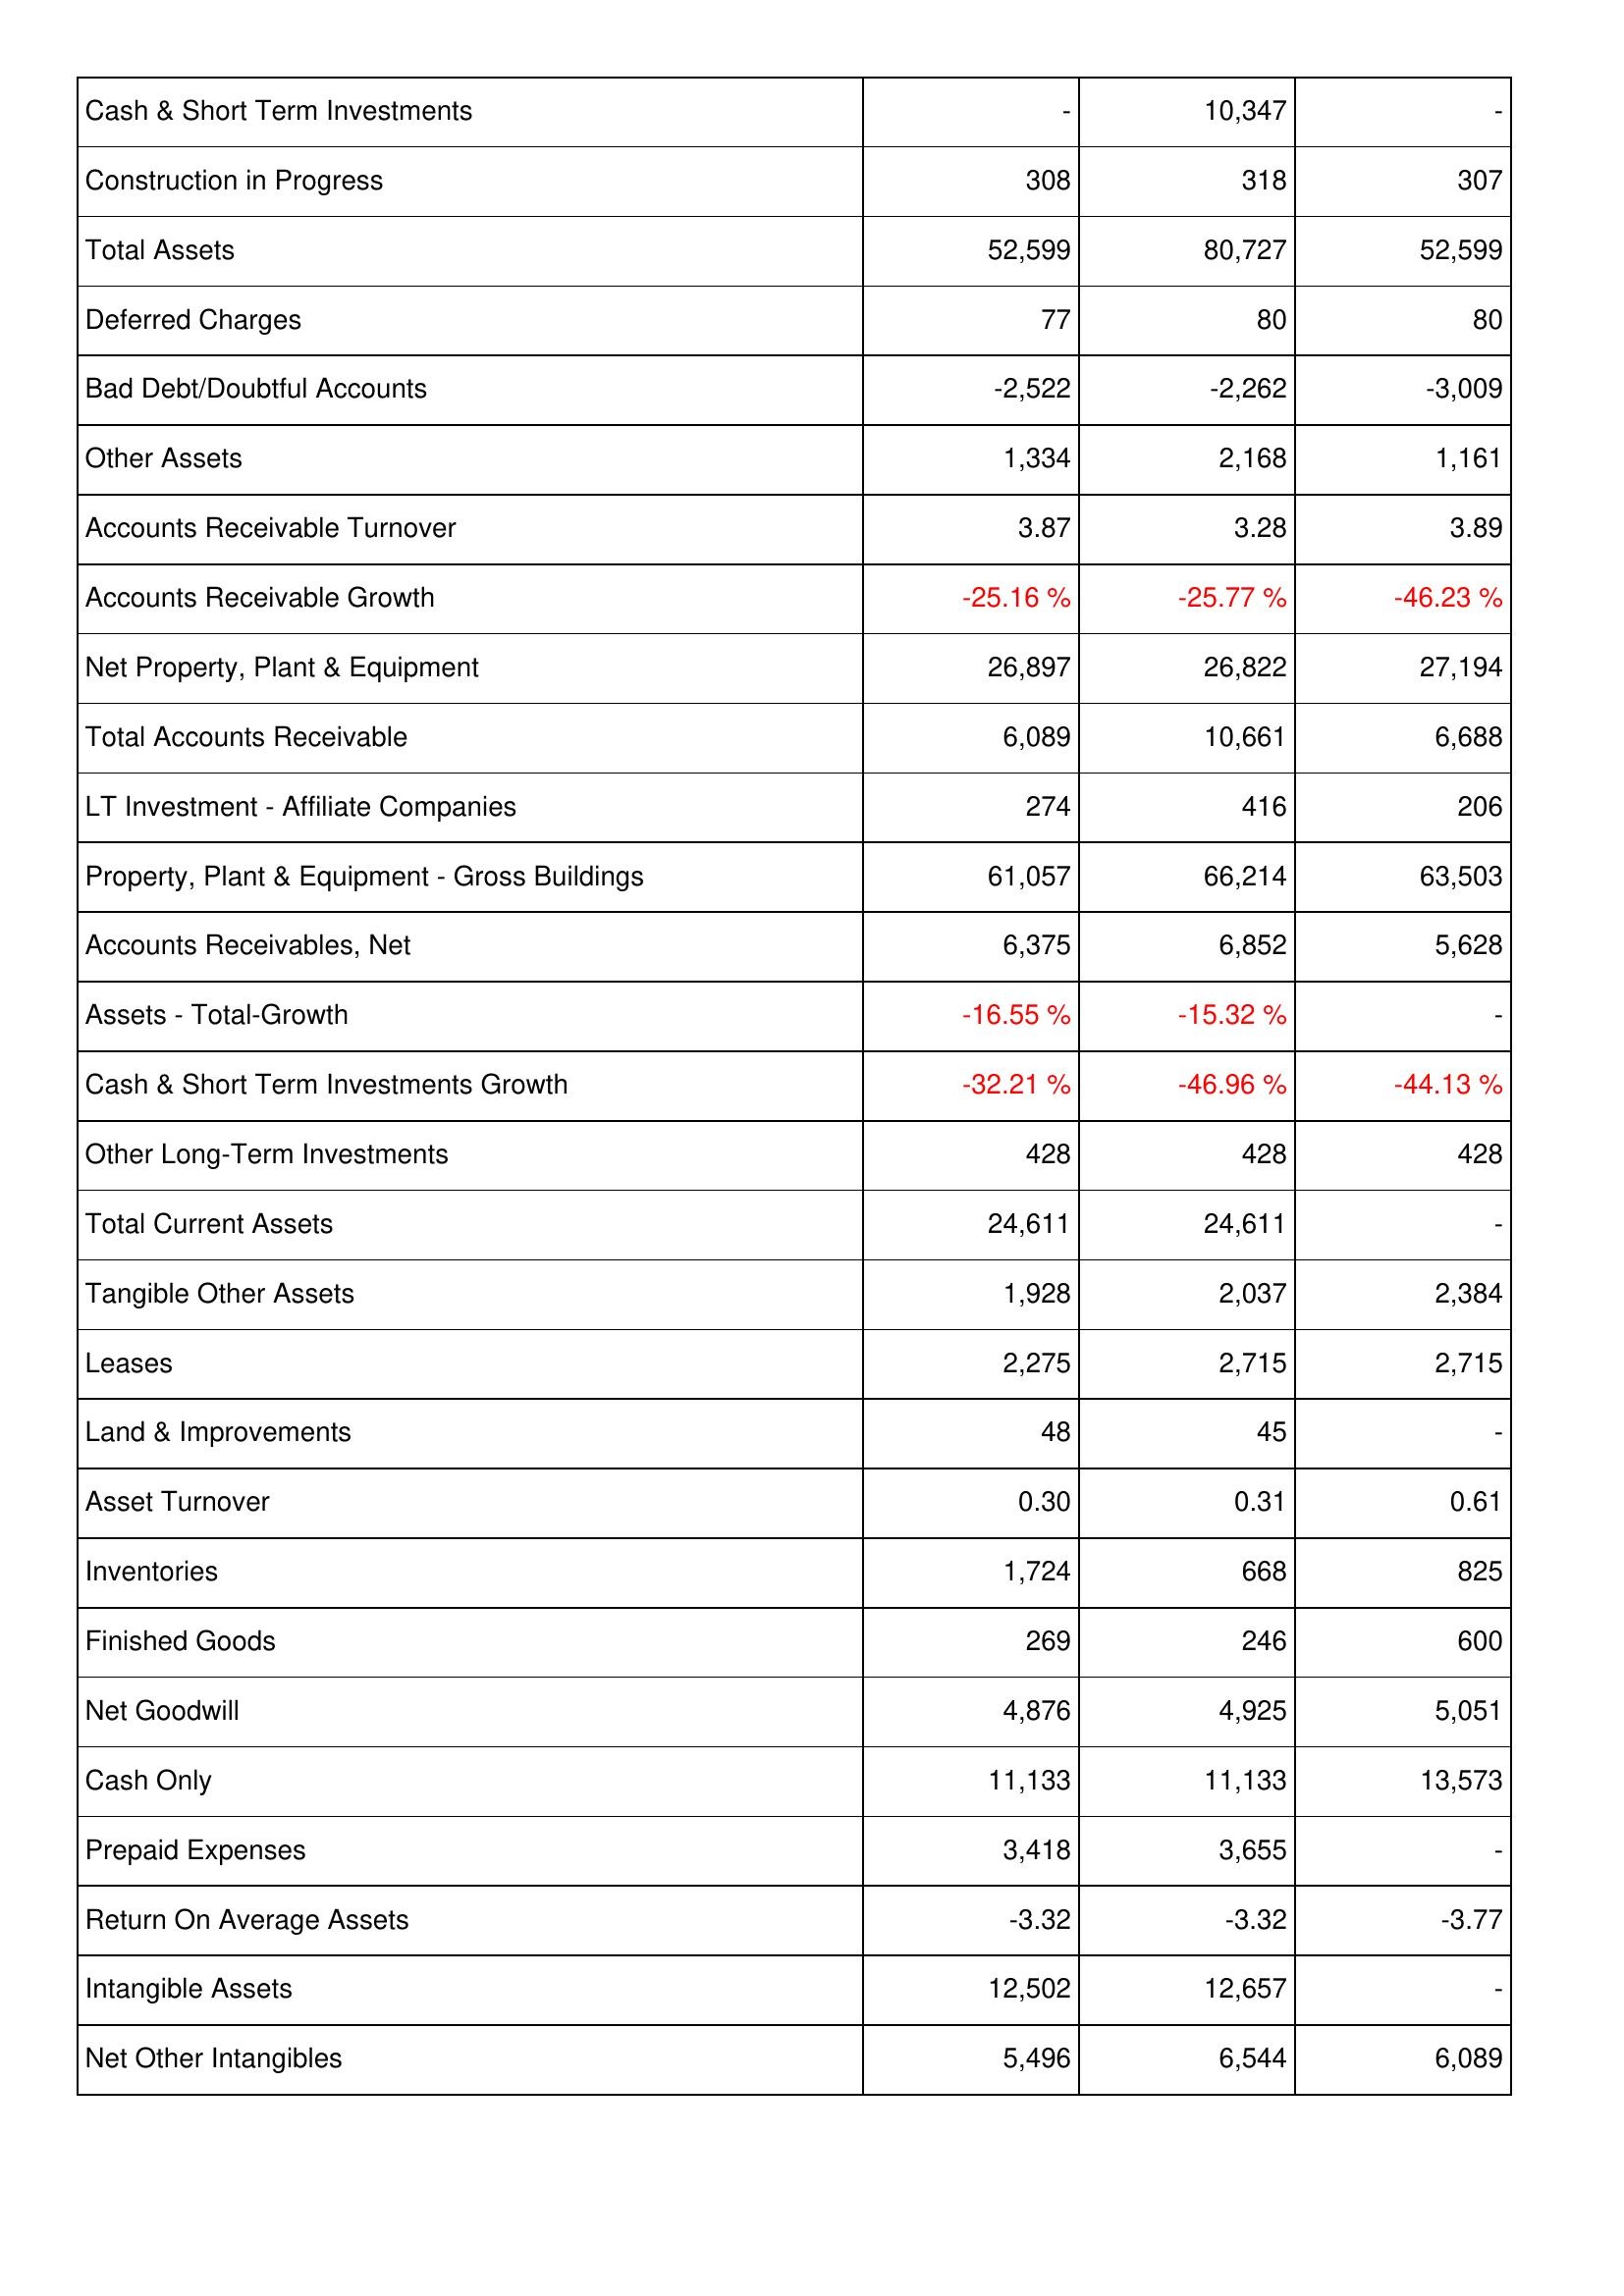
2005: Assets: Cash & Short Term Investments: -
Construction in Progress: 308
Total Assets: 52,599
Deferred Charges: 77
Bad Debt/Doubtful Accounts: -2,522
Other Assets: 1,334
Accounts Receivable Turnover: 3.87
Accounts Receivable Growth: -25.16 %
Net Property, Plant & Equipment: 26,897
Total Accounts Receivable: 6,089
LT Investment - Affiliate Companies: 274
Property, Plant & Equipment - Gross Buildings: 61,057
Accounts Receivables, Net: 6,375
Assets - Total-Growth: -16.55 %
Cash & Short Term Investments Growth: -32.21 %
Other Long-Term Investments: 428
Total Current Assets: 24,611
Tangible Other Assets: 1,928
Leases: 2,275
Land & Improvements: 48
Asset Turnover: 0.30
Inventories: 1,724
Finished Goods: 269
Net Goodwill: 4,876
Cash Only: 11,133
Prepaid Expenses: 3,418
Return On Average Assets: -3.32
Intangible Assets: 12,502
Net Other Intangibles: 5,496
2006: Assets: Cash & Short Term Investments: 10,347
Construction in Progress: 318
Total Assets: 80,727
Deferred Charges: 80
Bad Debt/Doubtful Accounts: -2,262
Other Assets: 2,168
Accounts Receivable Turnover: 3.28
Accounts Receivable Growth: -25.77 %
Net Property, Plant & Equipment: 26,822
Total Accounts Receivable: 10,661
LT Investment - Affiliate Companies: 416
Property, Plant & Equipment - Gross Buildings: 66,214
Accounts Receivables, Net: 6,852
Assets - Total-Growth: -15.32 %
Cash & Short Term Investments Growth: -46.96 %
Other Long-Term Investments: 428
Total Current Assets: 24,611
Tangible Other Assets: 2,037
Leases: 2,715
Land & Improvements: 45
Asset Turnover: 0.31
Inventories: 668
Finished Goods: 246
Net Goodwill: 4,925
Cash Only: 11,133
Prepaid Expenses: 3,655
Return On Average Assets: -3.32
Intangible Assets: 12,657
Net Other Intangibles: 6,544
2007: Assets: Cash & Short Term Investments: -
Construction in Progress: 307
Total Assets: 52,599
Deferred Charges: 80
Bad Debt/Doubtful Accounts: -3,009
Other Assets: 1,161
Accounts Receivable Turnover: 3.89
Accounts Receivable Growth: -46.23 %
Net Property, Plant & Equipment: 27,194
Total Accounts Receivable: 6,688
LT Investment - Affiliate Companies: 206
Property, Plant & Equipment - Gross Buildings: 63,503
Accounts Receivables, Net: 5,628
Assets - Total-Growth: -
Cash & Short Term Investments Growth: -44.13 %
Other Long-Term Investments: 428
Total Current Assets: -
Tangible Other Assets: 2,384
Leases: 2,715
Land & Improvements: -
Asset Turnover: 0.61
Inventories: 825
Finished Goods: 600
Net Goodwill: 5,051
Cash Only: 13,573
Prepaid Expenses: -
Return On Average Assets: -3.77
Intangible Assets: -
Net Other Intangibles: 6,089